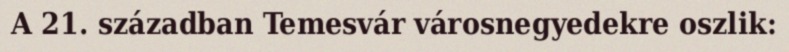
A 21. században Temesvár városnegyedekre oszlik: